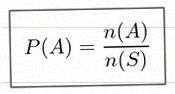
P(A)=\frac{n(A)}{n(S)}